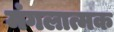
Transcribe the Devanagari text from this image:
मंगलात्मक